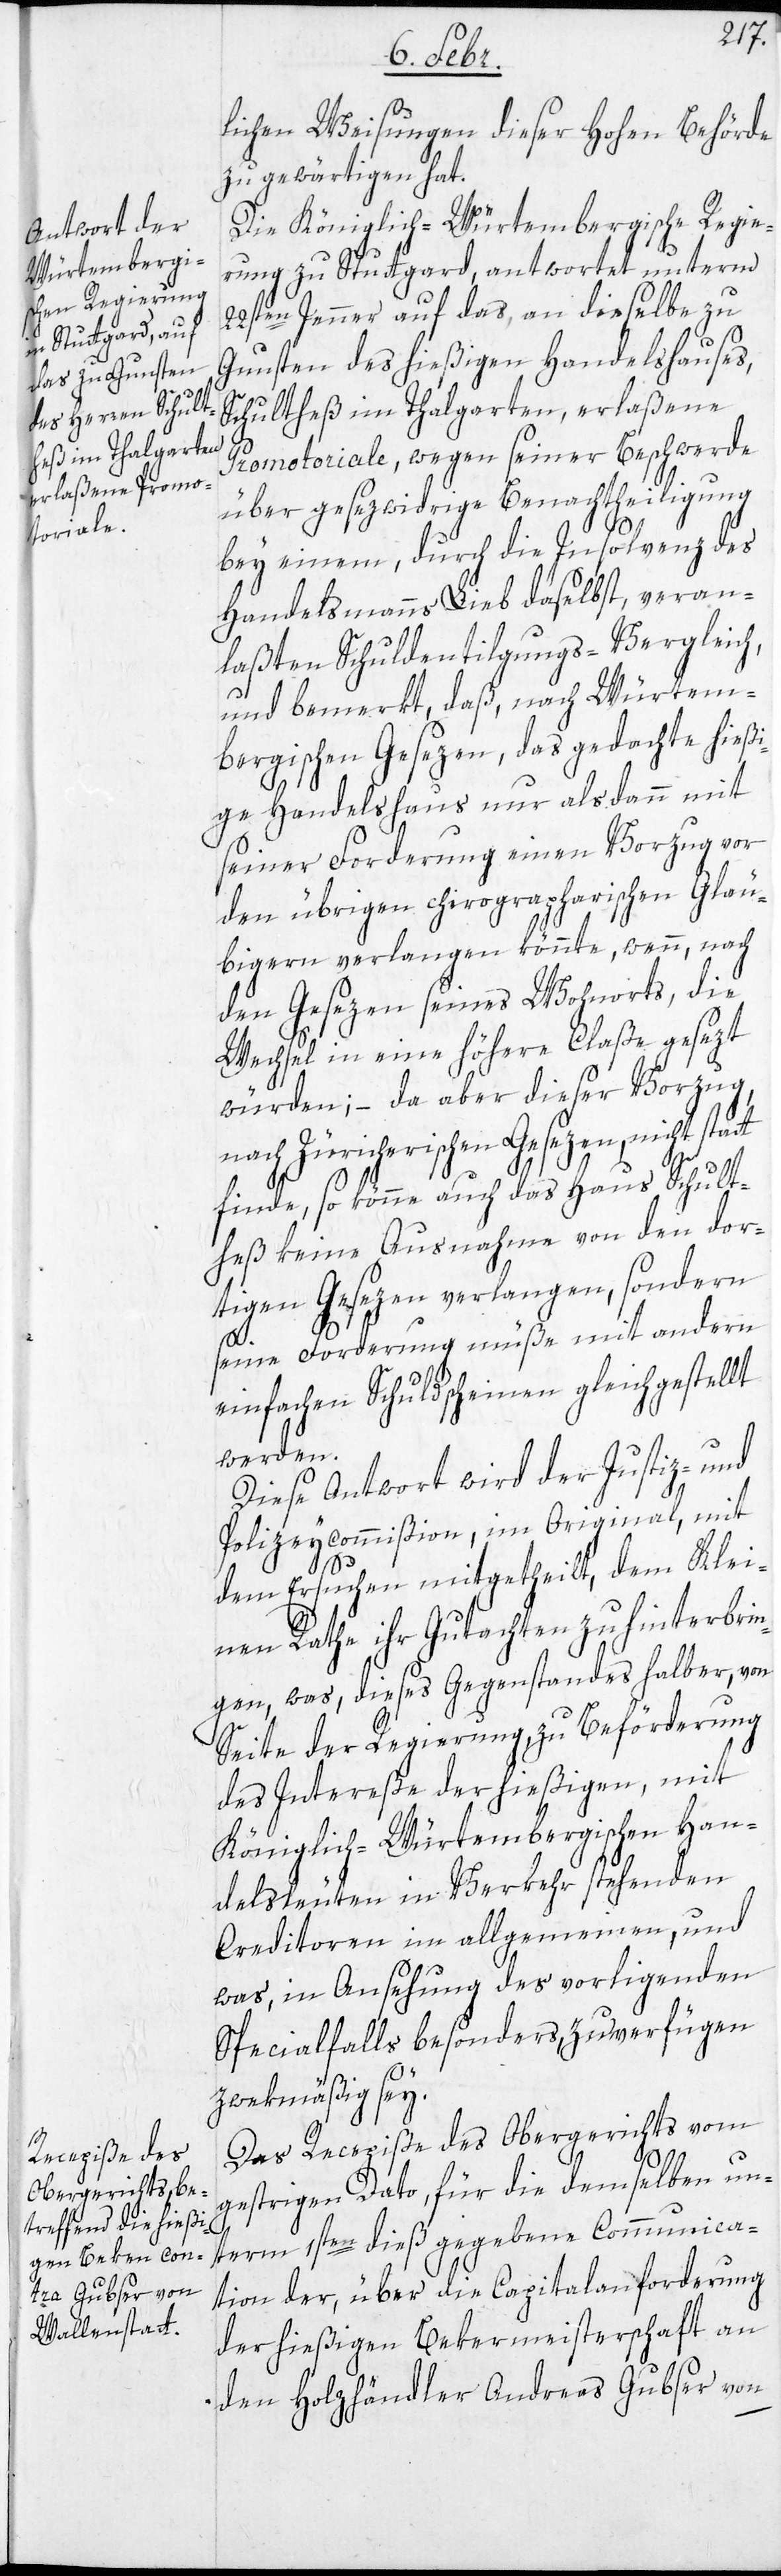
lichen Weisungen dieser hohen Behörde
zu gewärtigen hat.
Die Königlich-Würtembergische Regie¬
rung zu Stuttgard, antwortet unterm
22sten Jenner auf das, an dieselbe zu
Gunsten des hießigen Handelshauses,
Schultheß im Thalgarten, erlaßene
Promotoriale, wegen seiner Beschwerde
über gesezwidrige Benachtheiligung
bey einem, durch die Insolvenz des
Handelsmanns Lieb daselbst, veran¬
laßten Schuldentilgungs-Vergleich,
und bemerkt, daß, nach Würtem¬
bergischen Gesezen, das gedachte hießi¬
ge Handelshaus nur alsdann mit
seiner Forderung einen Vorzug vor
den übrigen chirographarischen Gläu¬
bigern verlangen könnte, wenn nach
den Gesezen seines Wohnorts, die
Wechsel in eine höhere Claße gesezt
würden, – da aber dieser Vorzug,
nach Zürcherischen Gesezen nicht statt
finde, so könne auch das Haus Schult¬
heß keine Ausnahme von den dor¬
tigen Gesezen verlangen, sondern
sein Forderung müße mit andern
einfachen Schuldscheinen gleichgestellt
werden.
Diese Antwort wird der Justiz- und
Polizeycommißion, im Original, mit
dem Ersuchen mitgetheilt, dem Klei¬
nen Rathe ihr Gutachten zu hinterbrin¬
gen, was, dieses Gegenstandes halber, von
Seite der Regierung, zu Beförderung
des Intereße der hießigen, mit
Königlich-Würtembergischen Han¬
delsleuten in Verkehr stehenden
Creditoren im allgemeinen, und
was, in Ansehung des vorliegenden
Specialfalls besonders, zu verfügen
zwekmäßig sey.
Das Recepiße des Obergerichts vom
gestrigen Dato, für die demselben un¬
term 1sten dieß gegebene Communica¬
tion der, über die Capitalanforderung
der hießigen Bekermeisterschaft an
den Holzhändler Andreas Gubser von